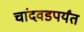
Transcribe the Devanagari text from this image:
चांदवडपर्यंत